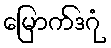
မြောက်ဒဂုံ